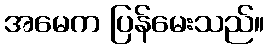
အမေက ပြန်မေးသည်။